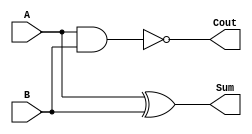
module HA(A,B,Cout,Sum);

input A,B;
output Sum,Cout;

nand a1(Cout,A,B);
xor o1(Sum,A,B);

endmodule